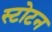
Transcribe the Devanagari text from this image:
स्टोटन